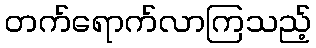
တက်ရောက်လာကြသည့်